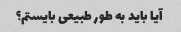
آیا باید به طور طبیعی بایستم؟